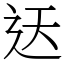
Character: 迗